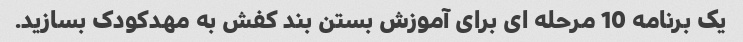
یک برنامه 10 مرحله ای برای آموزش بستن بند کفش به مهدکودک بسازید.